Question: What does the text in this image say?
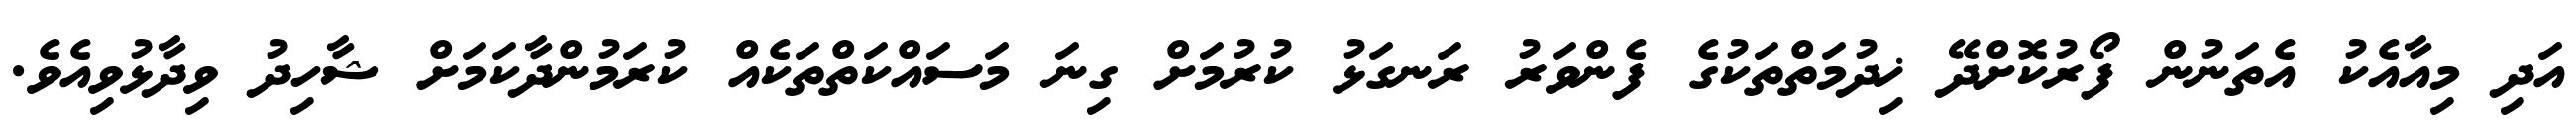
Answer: އަދި މިއާއެކު އެތަނުން ފޯރުކޮށްދޭ ޚިދުމަތްތަކުގެ ފެންވަރު ރަނގަޅު ކުރުމަށް ގިނަ މަސައްކަތްތަކެއް ކުރަމުންދާކަމަށް ޝާހިދު ވިދާޅުވިއެވެ.